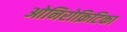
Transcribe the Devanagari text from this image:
ओनिरोक्रिटिका